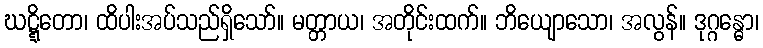
ဃဋ္ဋိတော၊ ထိပါးအပ်သည်ရှိသော်။ မတ္တာယ၊ အတိုင်းထက်။ ဘိယျောသော၊ အလွန်။ ဒုဂ္ဂန္ဓော၊